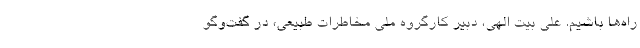
راه‌ها باشیم. علی بیت الهی، دبیر کارگروه ملی مخاطرات طبیعی، در گفت‌وگو